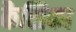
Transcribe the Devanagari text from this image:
कैसिका